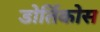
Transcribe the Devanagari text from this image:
डोर्तिकोस